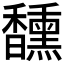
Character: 𮩯